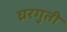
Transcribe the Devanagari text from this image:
घ्ररगुती